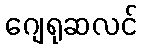
ဂျေရုဆလင်